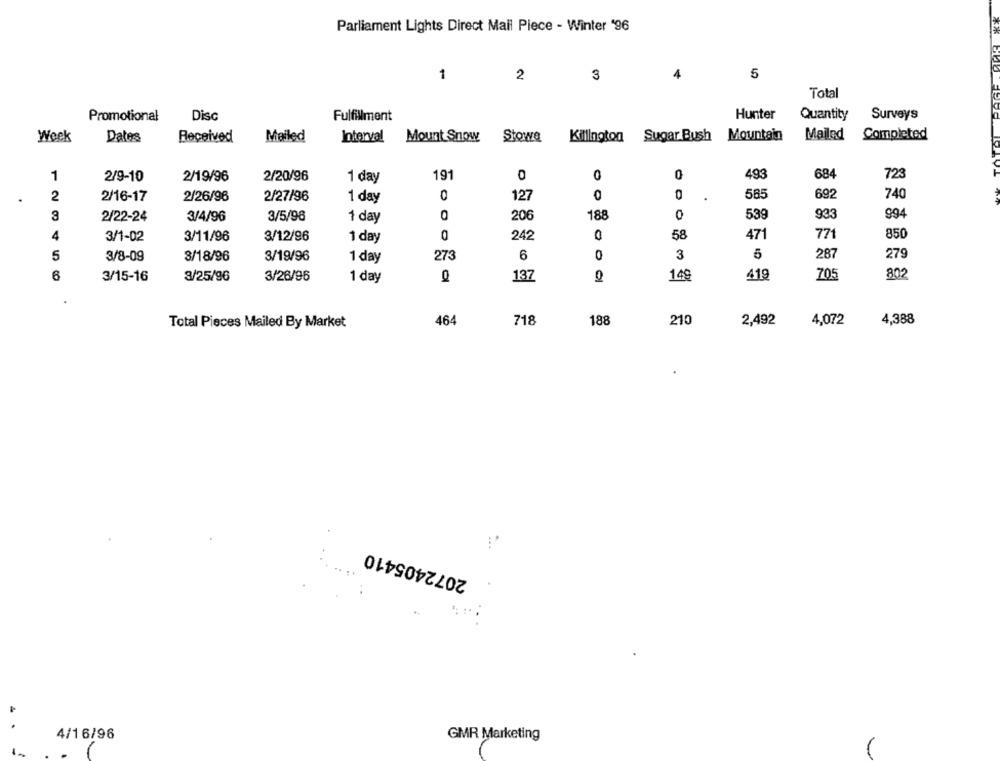
Parliament Lights Direct Mail Piece - Winter '96
1
2
3
4
5
Total
Hunter
Surveys
Promotional
Dis
Fulfillment
Quantity
Week
Dates
Mailed
Stowe
Sugar Bush Mountain
Mailed
Completed
Received
Interval
Mount Snow
Killington
1
191
0
0
493
684
72
2/9-10
2/19/96
2/20/96
1 day
2
2/16-17
2/26/96
2/27/96
1 day
0
127
0
585
692
740
3
2/22-24
3/4/96
3/5/98
1 day
206
188
0
539
933
994
4
3/1-02
3/11/96
3/12/96
0
242
0
58
471
771
850
1 day
5
3/8-09
3/18/96
3/19/96
1 day
27
6
0
3
5
287
279
419
705
802
6
3/15-16
3/25/96
3/26/96
1 day
0
137
149
Total Pieces Mailed By Market
464
718
188
210
2,492
4,072
4,388
2072405410
4/16/96
GMR Marketing